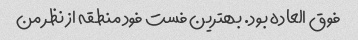
فوق العاده بود. بهترین فست فود منطقه از نظر من